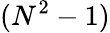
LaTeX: (N^{2}-1)